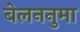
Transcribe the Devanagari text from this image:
बेलननुमा